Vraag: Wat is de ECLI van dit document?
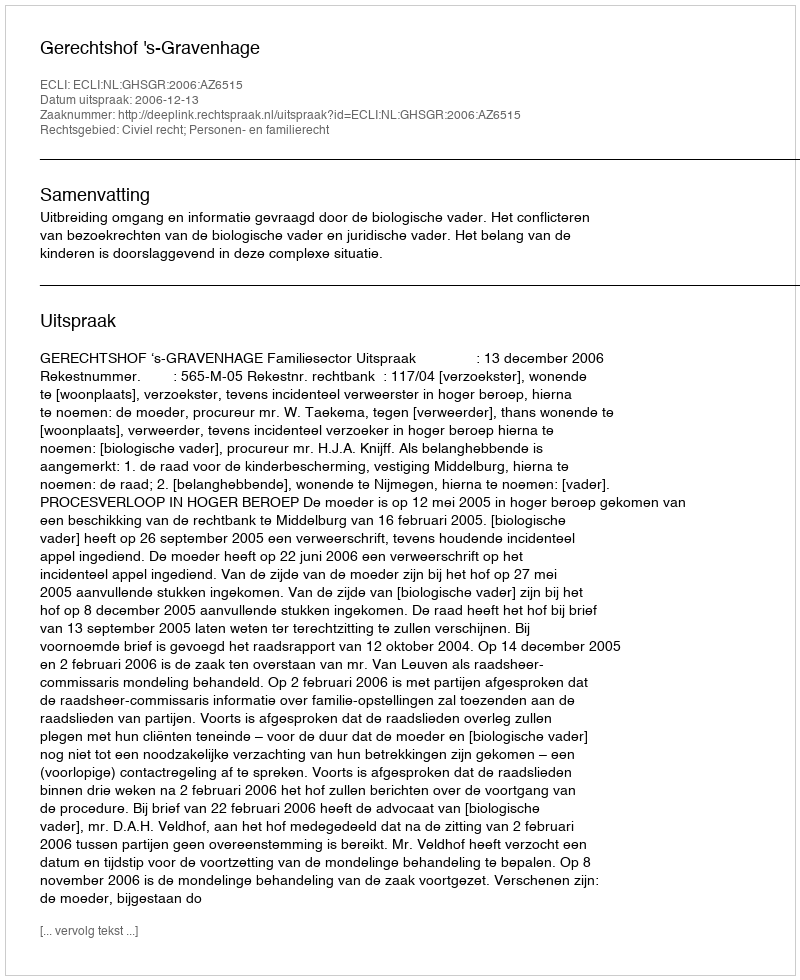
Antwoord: ECLI:NL:GHSGR:2006:AZ6515